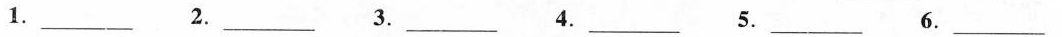
1.___ 2.___ 3.___ 4.___ 5.___ 6.___